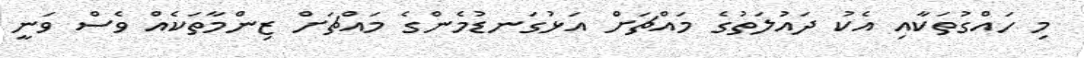
މި ހައްގުތަކާއި އެކު ދައުލަތުގެ މައްޗަށް އަޅުގަނޑުމެންގެ މައްޗަށް ޒިންމާތަކެއް ވެސް ވަނީ